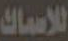
للاسماك